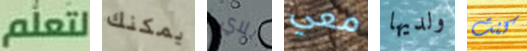
لتعلم يمكنك بلاي معي ولديها كنت